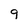
Character: 9